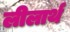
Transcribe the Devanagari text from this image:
लीलार्थ